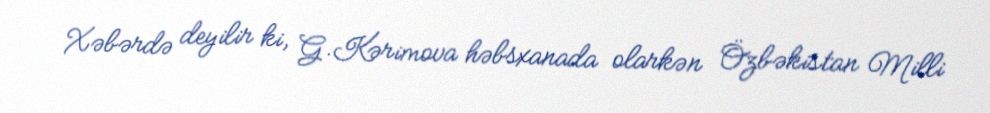
Xəbərdə deyilir ki, G.Kərimova həbsxanada olarkən Özbəkistan Milli